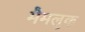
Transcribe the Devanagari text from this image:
मैमलुक